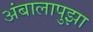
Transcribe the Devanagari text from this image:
अंबालापुझा